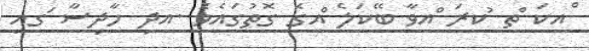
ްއކަ ްތ ުކރަ ްއވާ ބޭކަލެ ްއގެ ގޮތުގައެވެަ .އދި ހާދިސާ ަގއި